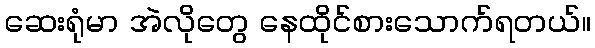
ဆေးရုံမာ အဲလိုတွေ နေထိုင်စားသောက်ရတယ်။